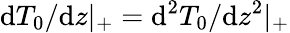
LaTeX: \mathrm{d}T_{0}/\mathrm{d}z|_{+}=\mathrm{d}^{2}T_{0}/\mathrm{d}z^{2}|_{+}